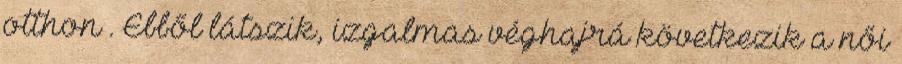
otthon . Ebből látszik, izgalmas véghajrá következik a női